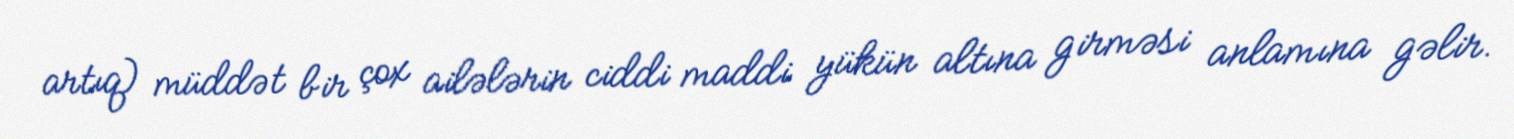
artıq) müddət bir çox ailələrin ciddi maddi yükün altına girməsi anlamına gəlir.